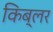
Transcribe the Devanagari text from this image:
किब्लर